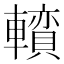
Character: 𨏅